Calcutta medical institutions reports 1871-78
Year: 1871
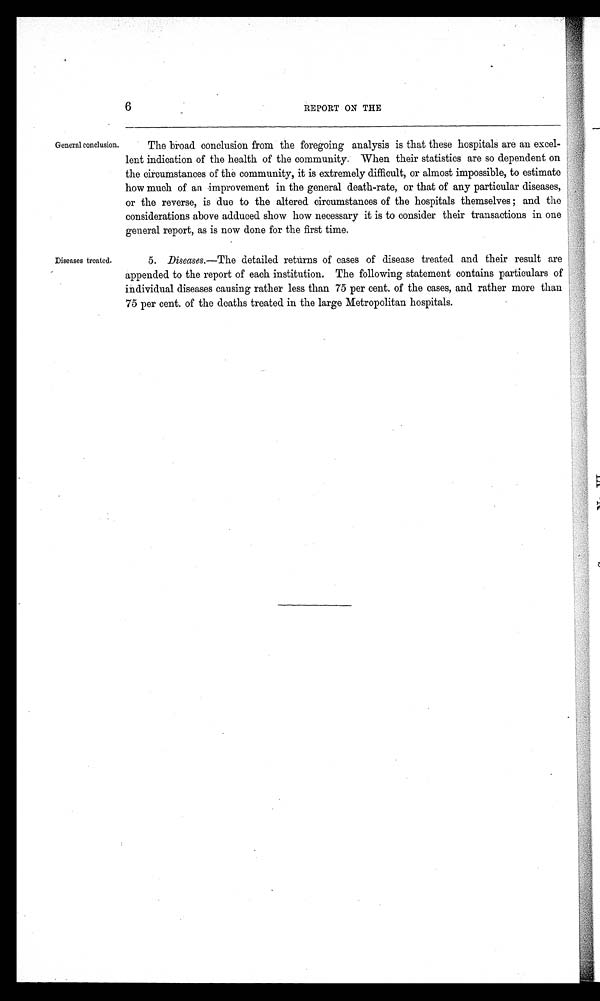
6
REPORT ON THE
General conclusion.
Diseases treated.
The broad conclusion from the foregoing analysis is that these hospitals are an excel-
lent indication of the health of the community. When their statistics are so dependent on
the circumstances of the community, it is extremely difficult, or almost impossible, to estimate
how much of an improvement in the general death-rate, or that of any particular diseases,
or the reverse, is due to the altered circumstances of the hospitals themselves; and the
considerations above adduced show how necessary it is to consider their transactions in one
general report, as is now done for the first time.
5. Diseases.—The detailed returns of cases of disease treated and their result are
appended to the report of each institution. The following statement contains particulars of
individual diseases causing rather less than 75 per cent. of the cases, and rather more than
75 per cent. of the deaths treated in the large Metropolitan hospitals.